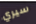
سيري